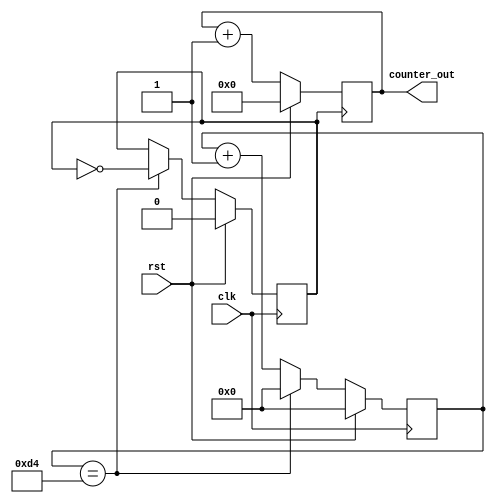
`timescale 1ns / 1ps
//////////////////////////////////////////////////////////////////////////////////

// Description: 4 bit counter with source clock (100MHz) division.

/*

////////////4 bit counter block///////////////////
always @(posedge clk)
begin

if(rst)
begin
counter_out<=4'b0000;
//div_clk <= 1'b0;
end
else
begin
counter_out<= counter_out+1;
end
end

endmodule 



*/

//////////////////////////////////////////////////////////////////////////////////
module counter_clk_div(clk,rst,counter_out);
input clk,rst;
reg div_clk;
reg [25:0] delay_count;
output reg [3:0] counter_out;

//////////clock division block////////////////////


always @(posedge clk)
begin

if(rst)
begin
delay_count<=26'd0;
//counter_out<=4'b0000;
div_clk <= 1'b0; //initialise div_clk


//uncomment this line while running just the div clock counter for simulation purpose
//counter_out<=4'b0000;
end
else

//uncomment this line while running just the div clock counter for simulation purpose
if(delay_count==26'd212)

//comment this line while running just the div clock counter for simulation purpose
//if(delay_count==26'd32112212)
begin
delay_count<=26'd0; //reset upon reaching the max value
div_clk <= ~div_clk;  //generating a slow clock
end
else
begin
delay_count<=delay_count+1;
end
end


/////////////4 bit counter block///////////////////
always @(posedge div_clk)
begin

if(rst)
begin
counter_out<=4'b0000;
end
else
begin
counter_out<= counter_out+1;
end
end

endmodule